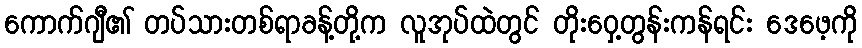
ကောက်ဂျီ၏ တပ်သားတစ်ရာခန့်တို့က လူအုပ်ထဲတွင် တိုးဝှေ့တွန်းကန်ရင်း ဒေဖေ့ကို